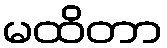
မထိတာ